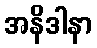
အနိဒါနာ